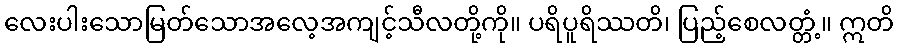
လေးပါးသောမြတ်သောအလေ့အကျင့်သီလတို့ကို။ ပရိပူရိဿတိ၊ ပြည့်စေလတ္တံ့။ ဣတိ